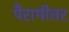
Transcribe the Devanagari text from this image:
पैरामीतर